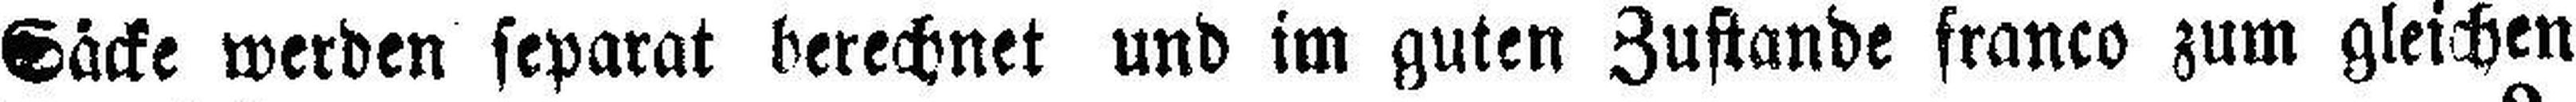
Säcke werden separat berechnet und im guten Zustande franco zum gleichen